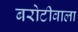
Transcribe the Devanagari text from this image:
बरोटीवाला